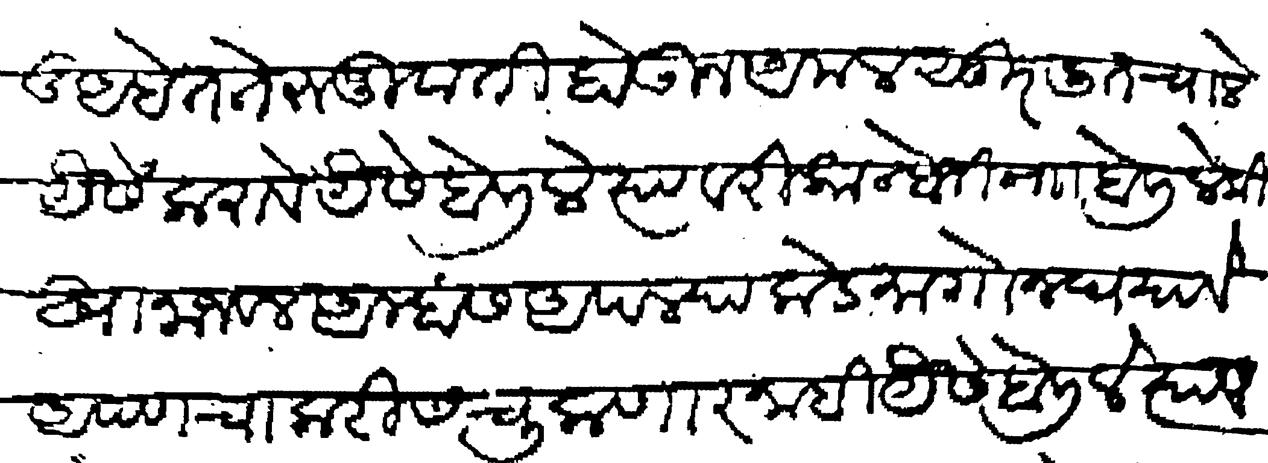
Transliteration (Devanagari): पुड अहेत ते रूजूवाती होऊन अमल सुरलीत चाले यैसे करावे यैसे बोलिले त्यावरी कान्होजी नाा बोलिले की खानाजवल आम्हास आपल्याकडे मागोन घ्यावे आपण चाकरीस चुकणार नाही यैसे बोलिले त्यावरी